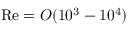
\mathrm { R e } = O ( 1 0 ^ { 3 } - 1 0 ^ { 4 } )